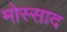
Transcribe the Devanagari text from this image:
मोस्साद